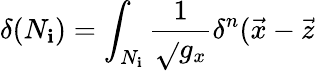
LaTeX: \delta(N_{\mathbf{i}})=\int_{N_{\mathbf{i}}}\frac{1}{{\sqrt{}{{g_{x}}}}}\delta^{n}(\vec{{x}}-\vec{{z}}